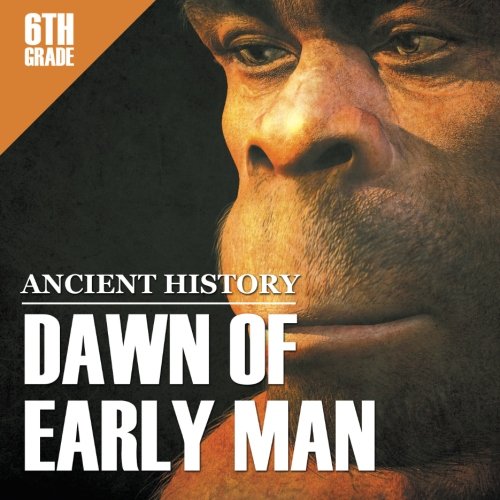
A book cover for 6th Grade Ancient History: Dawn of Early Man; Baby Professor; Children's Books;